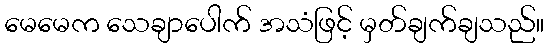
မေမေက သေချာပေါက် အသံဖြင့် မှတ်ချက်ချသည်။